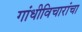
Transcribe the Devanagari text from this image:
गांधीविचारांचा